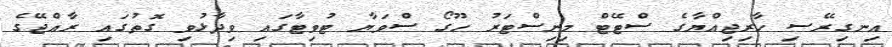
އިނގިރޭސި ހާރިޖިއްޔާގެ ސްޓޭޓް މިނިސްޓަރު ހޫގޯ ސްވަޔާ ޓުވިޓާގައި ވިދާޅުވި ގޮތުގައި ރާއްޖޭގެ